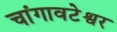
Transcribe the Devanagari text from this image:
चांगावटेश्वर